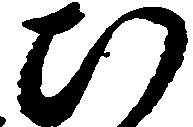
ひ